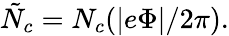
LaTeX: \tilde{N}_{c}=N_{c}(|e\Phi|/2\pi).